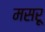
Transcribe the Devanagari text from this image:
मसरू